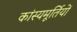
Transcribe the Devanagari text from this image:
कांस्यमूर्तियों